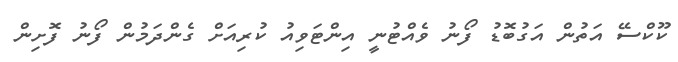
ކޫކްސޭ އަތުން އަގުބޮޑު ފޯނު ވެއްޓުނީ އިންޓަވިއު ކުރިއަށް ގެންދަމުން ފޯނު ފޮށިން